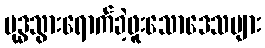
ဗုဒ္ဓသွားရောက်ခဲ့ဖူးသောဒေသများ